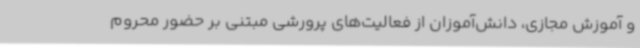
و آموزش مجازی، دانش‌آموزان از فعالیت‌های پرورشی مبتنی بر حضور محروم